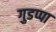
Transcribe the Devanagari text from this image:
गुडप्पा